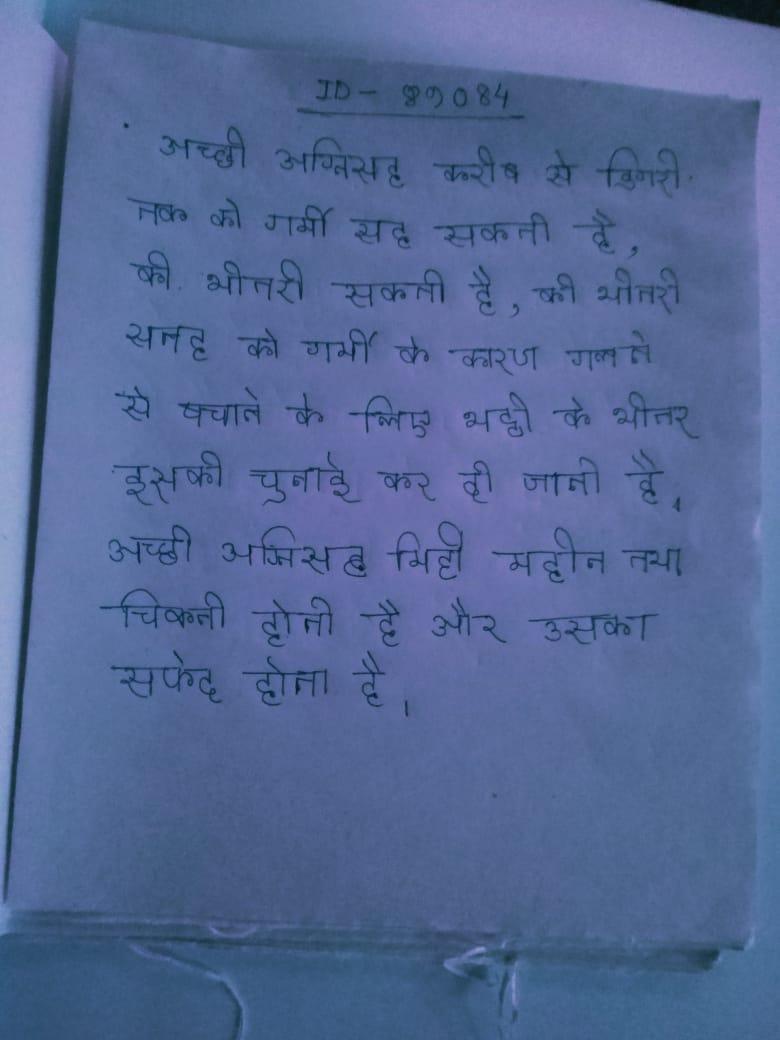
अच्छी अग्निसह करीब से डिगरी तक की गर्मी सह सकती है, की भीतरी सतह को गर्मी के कारण गलने से बचाने के लिए भट्ठी के भीतर इसकी चुनाई कर दी जाती है । अच्छी अग्निसह मिट्टी महीन तथा चिकनी होती है और उसका सफेद होता है ।